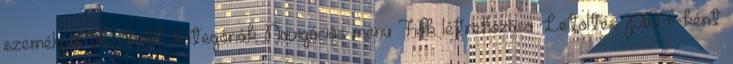
személyek Rejtett kategóriák: Navigációs menü Fiók létrehozása Letöltés PDF-ként